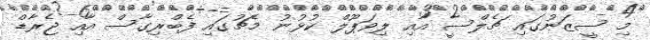
މި ސީޒަނުގައި ޗެލްސީ އާއި ލިވަޕޫލް ކުޅުނު މެޗުގައި ފެބްރިގާސް އާއި ޖެރާޑް